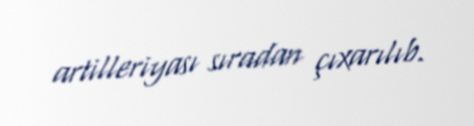
artilleriyası sıradan çıxarılıb.